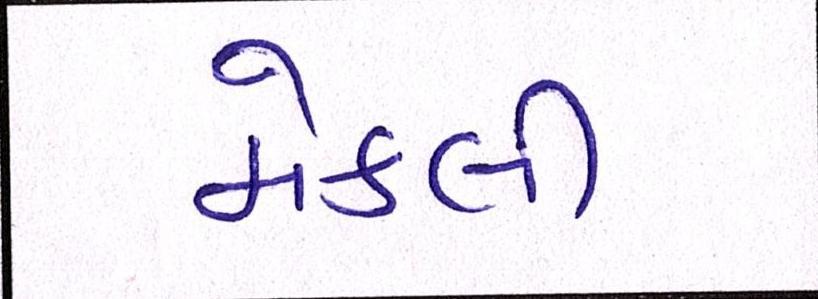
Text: મેકલી